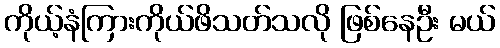
ကိုယ့်နံကြားကိုယ်ဖိသတ်သလို ဖြစ်နေဦး မယ်